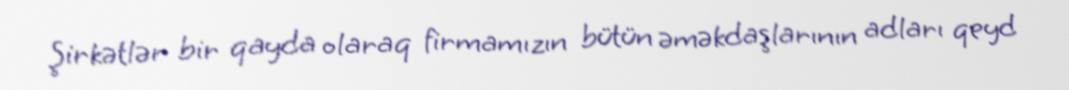
Şirkətlər bir qayda olaraq firmamızın bütün əməkdaşlarının adları qeyd